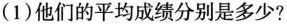
(1)他们的平均成绩分别是多少?